Vital statistics of India. Vol. IV, Annual returns from 1871 to 1876. British Army of India, Native Army and jails of Bengal
Year: 1871
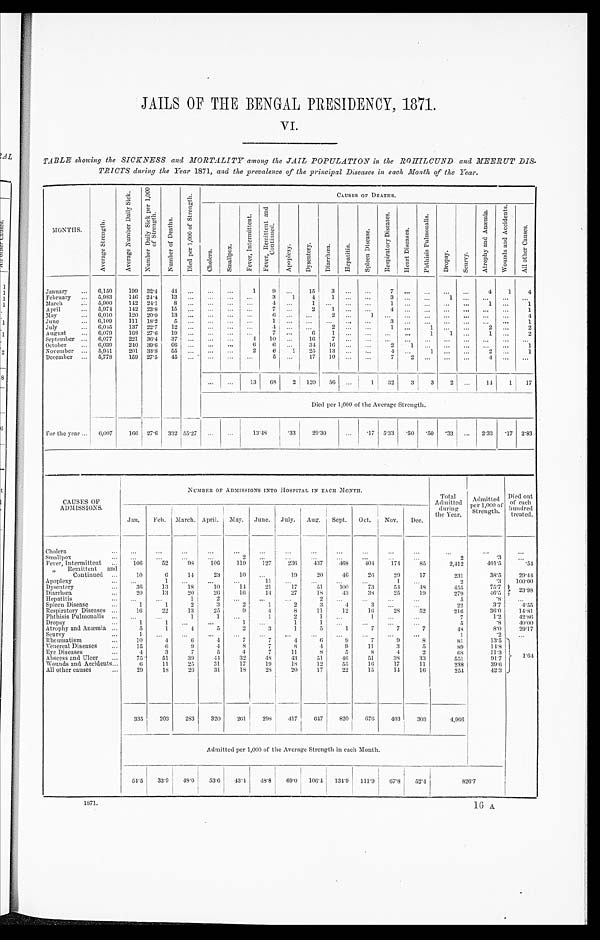
JAILS OF THE BENGAL PRESIDENCY, 1871.
VI.
TABLE showing the SICKNESS and MORTALITY among the JAIL POPULATION in the ROHILCUND and MEERUT DIS
TRICTS during thee Year 1871, and the prevalence of the principal Diseases in each Month of the Year.
MONTHS.
A v e r a g e S t r e n g t h .
A v e r a g e N u m b e r D a i l y S i c k .
N u m b e r d a i l y S i c k p e r 1 , 0 0 0 o f S t r e n g t h .
N u m b e r o f D e a t r h s .
d i e d p e r 1 , 0 0 0 o f S t r e n g t h .
CAUSES OF DEATHS.
C h o l e r a .
S m a l l p o x .
F e v e r , I n t e r m i t t e d .
F e v e r , R e m i t t e d a n d c o n t i n u e d .
A p o p l e x y .
D y s e n t e r y . D i a r h œ a .
H e p a t i t i s .
S p l e e n D i s e a s e .
R e s p i r a t o r y D i s e a s e s .
H e a r t D i s e a s e s .
P h t h i s i s P u l m o n a l i s .
D r o p s y .
S c u r v y .
A t r o p h y a n d A n æ m i a .
W o u n d s a n d A c c i d e n t s .
A l l o t h e r C a u s e s .
January
... 6,150
199 32.4 44 ...
...
...
1
9
. . .
15
3
. . . ...
7
... ...
. . .
. . .
4
1
4
February ... 5,983
146 24.4
13 ...
...
...
...
3
1
4
1
. . . ...
3
... ...
1
. . .
. . .
...
. . .
March
. . . 5,900
142 24.1
8 ...
. . .
. . .
. . .
4
. . .
1
. . .
. . . ...
1
... ...
. . .
. . .
1 ...
1
April
... 5,974
142 23.8
15
. . .
. . .
. . .
. . .
7
. . . 2
1
. . . ...
4
... ...
. . .
. . .
. . . ...
1
May
... 6,010
120 20.0 13 ...
...
...
. . .
6
. . .
. . .
2
. . . 1
. . . ... ...
. . .
. . .
. . . ...
4
June
... 6,109
111 18.2
5 ...
. . .
. . .
. . .
1
. . .
. . .
. . . . . . ...
3 ... ...
. . .
. . .
. . . ...
1
July
...
6, 045
137 22.7
12 ...
...
...
...
4
. . .
. . .
2
. . . ...
1 ... 1
. . .
. . .
2 ...
2
August
... 0,079
168 27.6
19 ...
...
...
...
7
. . . 6
1
. . . ...
. . . ...
1
1
. . .
1
...
2
September ... 6,077
221 36.4
37 ...
...
...
4
10
. . .
16
7
. . . ...
. . . ...
. . .
. . .
. . .
. . . ...
. . .
October
...
6 , 0 3 9
240 39.6 66 ...
. . .
. . .
6
6
. . . 34
16
. . .
. . .
2 1
. . .
. . .
. . .
. . . ...
1
November ... 5,941
201 33.8
55 ...
...
...
2
6
1
25
13
. . .
. . .
4 ...
1
. . .
. . .
2
...
1
December ... 5,778
159 27.5
45 ...
. . .
...
...
5
...
17
10
... ...
7
2
... ... ...
4
...
...
...
13
68
2 120
56
...
1
32
3
3
2
...
14
1
17
Died per 1,000 of the Average Strength.
For the year ... 6,007
166 27.6 332 55.27
... ...
1 3 . 4 8
.33
29. 30
...
. 17 5.33
. 5 0
. 5 0 .33 ... 2.33
. 1 7 2.83
CAUSES OF
ADM ISSIONS.
NUMBER OF ADMISSIONS INTO HOSPITAL IN EACH MONTH.
Total
Admitted
during
the Year.
Admi t t e d pe r 1, 000 of St r e ngt h.
Died out
of each
hundred
treated.
Jan. Feb. March. April. May. June. July. Aug. Sept. Oct.
Nov. Dec.
Cholera
...
...
...
...
...
...
...
...
...
...
...
...
...
...
...
...
Smallpox
... ...
...
...
...
2
...
...
...
...
...
...
...
2
.3
...
Fever, Intermittent
...
106
52
98
106
119
127
236
437
468
404
174
85
2,412
401.5
.54
„ Remittent and
Continued ...
10
6
14
23
10
...
19
20
46
26
29
17
231
38.5
29. 44
Apoplexy
...
...
1
...
...
...
11
...
...
...
...
1
...
2
.3
1 0 0 . 0 0
Dysentery
...
38
13
18
10
14
21
17
51
100
73
54
48
455
75.7
2 3 . 9 8
Diarrhœa
...
20
13
20
26
19
14
2 7
18
43
38
25
19
279
46.5
Hepatitis
. . .
. . .
...
1
2
. . . ...
...
2
. . . ...
...
...
5
.8
. . .
Spleen Disease
...
1
1
2
3
2
1
2
3
4
3
. . .
...
22
3.7
4. 55
Respiratory Diseases ...
16
22
13
25
9
4
8
11
12
16
28
52
216
36.0
14.81
Phthisis Pulmonalis ...
. . .
...
1
1
. . .
1
2
1
...
1
. . . ...
7
1.2
42.86
Dropsy
...
1
1
...
...
1
...
1
1
...
...
...
...
5
.8
4 0 . 0 0
Atrophy and Anæmia ...
5
1
4
5
2
3
1
5
1
7
7
7
48
8.0
29.17
Scurvy
...
1
. . . ...
...
...
...
...
...
...
...
...
...
1
.2
...
Rheumatism
...
10
4
6
4
7
7
4
6
9
7
9
8
81
13.5 1. 64
Venereal Diseases
...
15
6
9
4
8
7
8
4
9
11
3
5
89
1 4 . 8
Eye Diseases
...
4
3
7
1
4
7
11
8
5
8
4
2
68
11.3
Abscess and Ulcer
...
75
51
39
4 4
32
48
43
51
46
51
38
33
551
91.7
Wounds and Accidents...
6
11
25
31
17
19
18
12
55
16
17
11
238
39.6
All other causes
...
29
18
26
31
18
28
20
17
22
15
14
16
254
42.3
335
203
283
320
261
298
417
647
820
676
403
303
4,966
Admitted per 1,000 of the Average Strength in each Month.
54.5
33.9
48.0
53.6
43.4
48.8 69.0 106.4 134.9 111.9
67.8
52.4
826.7
1871.
16 A